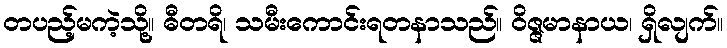
တပည့်မကဲ့သို့။ ဓီတရိ၊ သမီးကောင်းရတနာသည်။ ဝိဇ္ဇမာနာယ၊ ရှိလျက်။